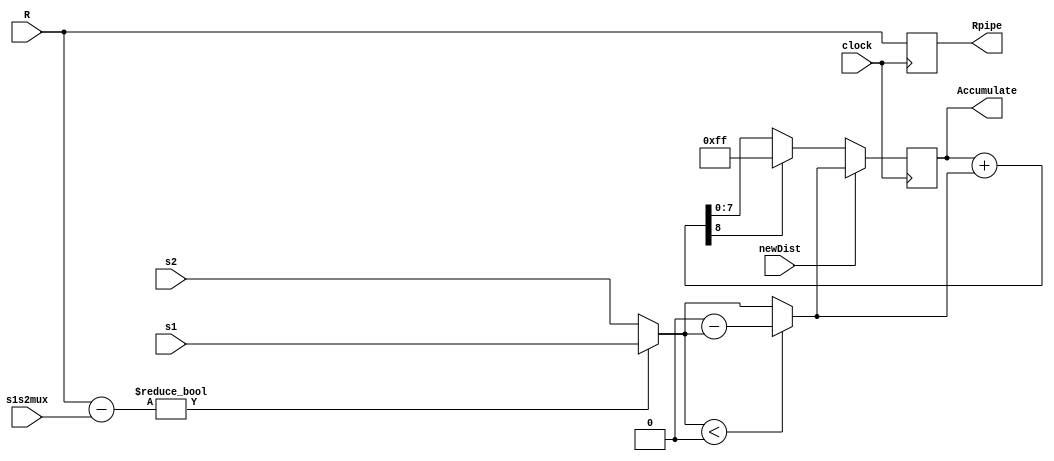
module PE (clock, R, s1, s2, s1s2mux, newDist, Accumulate, Rpipe);
	input clock;
	input [7:0] R, s1, s2;	// from memory
	input s1s2mux, newDist;	// from control
	output [7:0] Accumulate, Rpipe;
	reg [7:0] Accumulate, AccumulateIn, difference, Rpipe;
	reg Carry;

	always @(posedge clock) Rpipe <= R;
	always @(posedge clock) Accumulate <= AccumulateIn;

	always@(R or s1 or s2 or s1s2mux or newDist or Accumulate)
  	begin
  		difference = R - s1s2mux ? s1 : s2;
		if (difference < 0) difference = 0 - difference;	// absolute subtraction
		{Carry,AccumulateIn} = Accumulate + difference;
		if(Carry == 1) AccumulateIn = 8'hff;	// saturated
		if(newDist == 1) AccumulateIn = difference;	// starting new Distortion calculation
	end
endmodule